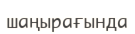
шаңырағында